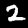
Label: 2